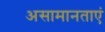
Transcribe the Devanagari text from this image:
असामानताएं